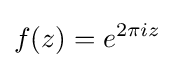
f(z)=e^{2\pi iz}